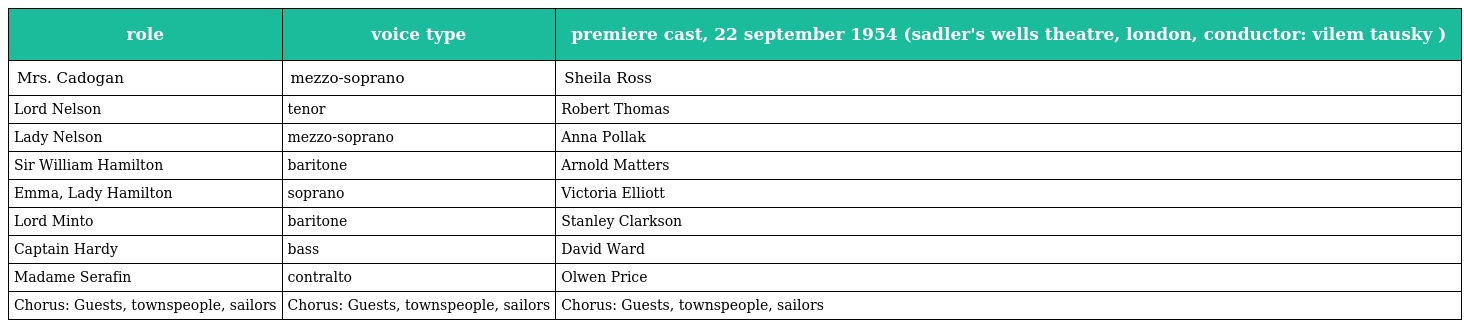
| role | voice type | premiere cast, 22 september 1954 (sadler's wells theatre, london, conductor: vilem tausky ) |
 | --- | --- | --- |
 | Mrs. Cadogan | mezzo-soprano | Sheila Ross |
 | Lord Nelson | tenor | Robert Thomas |
 | Lady Nelson | mezzo-soprano | Anna Pollak |
 | Sir William Hamilton | baritone | Arnold Matters |
 | Emma, Lady Hamilton | soprano | Victoria Elliott |
 | Lord Minto | baritone | Stanley Clarkson |
 | Captain Hardy | bass | David Ward |
 | Madame Serafin | contralto | Olwen Price |
 | Chorus: Guests, townspeople, sailors | Chorus: Guests, townspeople, sailors | Chorus: Guests, townspeople, sailors |